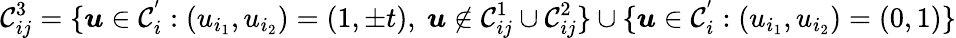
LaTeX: \mathcal{C}_{ij}^{3}=\{ \boldsymbol{u}\in\mathcal{C}_{i}^{'}:(u_{i_{1}},u_{i_{2}})=(1,\pm t),\ \boldsymbol{u}\notin\mathcal{C}_{ij}^{1}\cup\mathcal{C}_{ij}^{2}\} \cup\{ \boldsymbol{u}\in\mathcal{C}_{i}^{'}:(u_{i_{1}},u_{i_{2}})=(0,1)\}